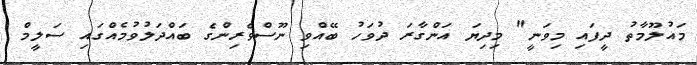
މައުލޫމާތު ދީފައި މިވަނީ" މިދިޔަ އަންގާރަ ދުވަހު ބޭއްވި ނޫސްވެރިންގެ ބައްދަލުވުމެއްގައި ސަލީމް